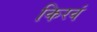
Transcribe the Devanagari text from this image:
किरवं